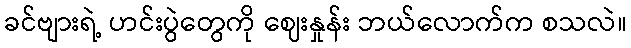
ခင်ဗျားရဲ့ ဟင်းပွဲတွေကို ဈေးနှုန်း ဘယ်လောက်က စသလဲ။